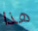
هذا